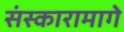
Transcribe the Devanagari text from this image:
संस्कारामागे